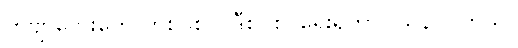
ကဗျာလေးတွေ ဟိုစပ်စပ်၊ ဒီစပ်စပ်ရေးရတာဝါသနာပါတယ်။